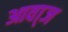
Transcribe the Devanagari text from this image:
आवा्ज